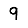
Digit: 9